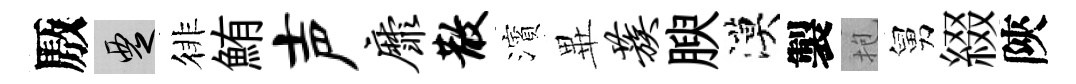
厫覂徘鮪声靡散濱𭺾蔟腴漠製抱舅綴陝